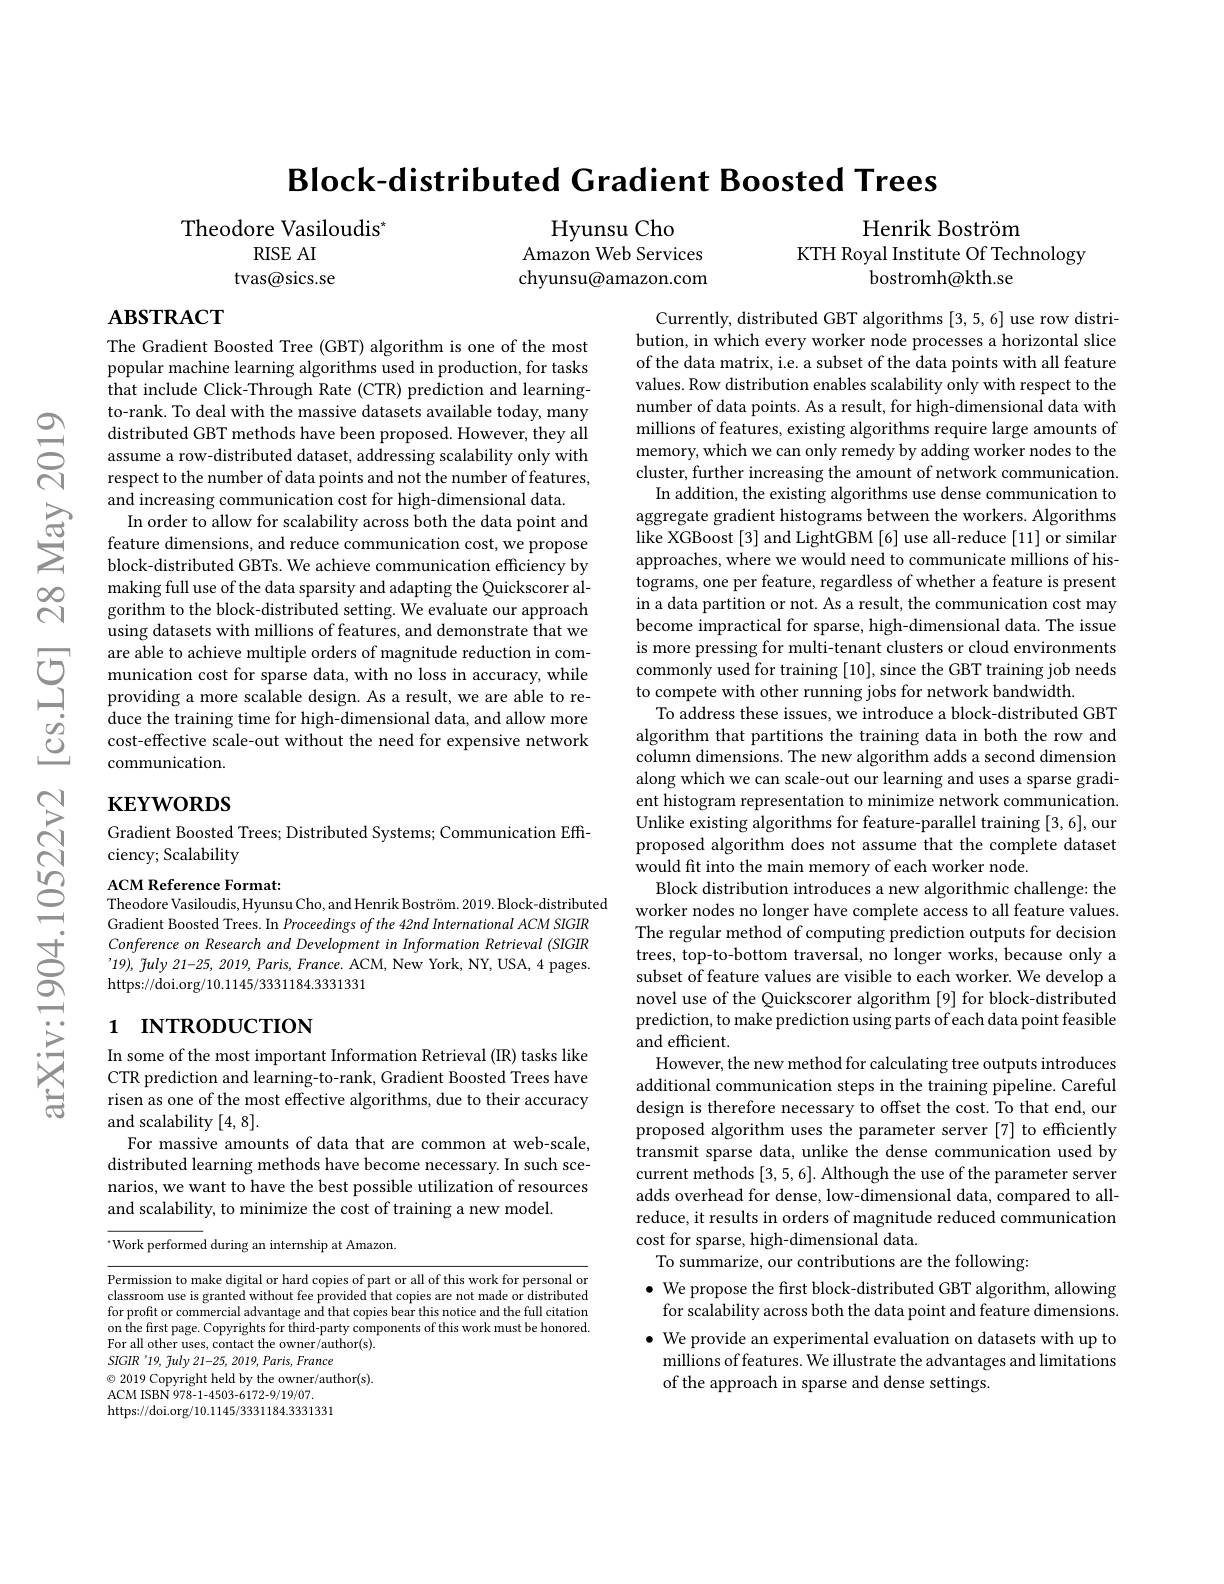
$ન્રિ$

$സ്പെ$

Block-distributed Gradient Boosted Trees

Henrik Boström
KTH Royal Institute Of Technology

Hyunsu Cho
Amazon Web Services chyunsu@amazon.com

Theodore Vasiloudis"
RISE AI
tvas@sics.se

bostromh@kth.se

$ABSTRACT$

The Gradient Boosted Tree (GBT) algorithm is one of the most popular machine learning alg that include Click-Through Rate (CTR) prediction and learningto-rank. To deal with the ma distributed GBT methods have been proposed. However, they all assume a row-distributed dat respect to the number of data points and not the number of features,
and increasing communica
block-distributed GBTs. We achieve communication efficiency by making full use of the data gorithm to the block-distributed setting. We evaluate our approach using datasets with millions of features, and demonstrate that we
$\begin{array}{llll}&\text{are able to achieve multiple orders of}\end{array}$
duce the training time for high-dimensional data, and allow more cost-effective scale-out wit communication.

# $\mathbf{KEYWORDS}$

Gradient Boosted Trees; Distributed Systems; Communication Effi-
ciency; Scalability

Currently, distributed GBT algorithms [3,5,6] use row distribution, in which every worker node processes a horizontal slice of the data matrix, i.e. a subset of the data points with all feature values. Row distribution enables scalability only with respect to the number of data points. As a result, for high-dimensional data with millions of features, existing algorithms require large amounts of memory, which we can only remedy by adding worker nodes to the cluster, further increasing the amount of network communication.
In addition, the existing algorithms use dense communication to aggregate gradient histograms between the workers. Algorithms like XGBoost [3] and LightGB approaches, where we would need to communicate millions of histograms, one per feature, re in a data partition or not. As a result, the communication cost may become impractical for spars is more pressing for multi-tenant clusters or cloud environments commonly used for training to compete with other running jobs for network bandwidth
To address these issues, we algorithm that partitions the training data in both the row and column dimensions. The new a along which we can scale-out our learning and uses a sparse gradient histogram representation Unlike existing algorithms for feature-parallel training [3,6], our proposed algorithm does not would fit into the main memory of each worker node.
Block distribution introduces a new algorithmic challenge: the worker nodes no longer have complete access to all feature values. The regular method of computing prediction outputs for decision trees, top-to-bottom traversal, no longer works, because only a subset of feature values are visible to each worker. We develop a novel use of the Quickscorer algorithm [9] for block-distributed prediction, to make prediction using parts of each data point feasible and efficient.
However, the new method for calculating tree outputs introduces additional communication steps in the training pipeline. Careful design is therefore necessary to offset the cost. To that end, our proposed algorithm uses the parameter server [7] to efficiently transmit sparse data, unlike the dense communication used by current methods [3,5,6]. Although the use of the parameter server adds overhead for dense, low-dimensional data, compared to allreduce, it results in orders of magnitude reduced communication cost for sparse, high-dimensional data.
To summarize, our contributions are the following:
$\bullet$ We propose the frst block-distributed GBT algorithm, allowing
for scalability across both the data point and feature dimensions $\bullet$ We provide an experimental evaluation on datasets with up to millions of features. We illustrate the advantages and limitations of the approach in sparse and dense settings.

ACM Reference Format:
Theodore Vasiloudis, Hyunsu Cho, and Henrik Boström. 2019. Block-distributed
Gradient Boosted Trees. In Proceedings of the 42nd International ACM SIGIR Conference on Research and Development in Information Retrieval (SIGIR '19), $\tilde{f}uly$ 21-25, 2019, Paris, France. ACM, New York, NY, USA, 4 pages. https://doi.org/10.1145/3331184.3331331

## 1 INTRODUCTION

In some of the most important Information Retrieval (IR) tasks like CTR prediction and learning-to-rank, Gradient Boosted Trees have risen as one of the most effective algorithms, due to their accuracy and scalability [4,8].
For massive amounts of data that are common at web-scale, distributed learning methods have become necessary. In such scenarios, we want to have the best possible utilization of resources and scalability, to minimize the cost of training a new model.

“Work performed during an internship at Amazon.

Permission to make digital or hard copies of part or all of this work for personal or classroom use is granted without fee provided that copies are not made or distributed for profit or commercial advantage and that copies bear this notice and the full citation on the first page. Copyrights for third-party components of this work must be honored For all other uses, contact the owner/author(s).
SIGIR'19, Tuly 21-25, 2019, Paris, France
$\textcircled{\circ}$ 2019 Copyright held by the owner/author(s).
ACM ISBN 978-1-4503-6172-9/19/07.
https://doi.org/10.1145/3331184.3331331